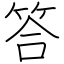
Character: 答